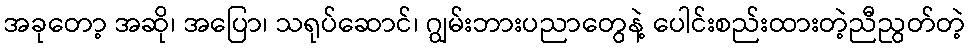
အခုတော့ အဆို၊ အပြော၊ သရုပ်ဆောင်၊ ဂျွမ်းဘားပညာတွေနဲ့ ပေါင်းစည်းထားတဲ့ညီညွတ်တဲ့